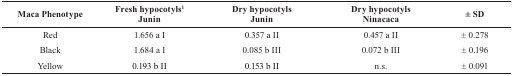
<table><thead><tr><td><b>Maca Phenotype</b></td><td><b>Fresh hypocotyls1 Junin</b></td><td><b>Dry hypocotyls Junin</b></td><td><b>Dry hypocotyls Ninacaca</b></td><td><b>± SD</b></td></tr></thead><tbody><tr><td>Red</td><td>1.656 a I</td><td>0.357 a II</td><td>0.457 a II</td><td>± 0.278</td></tr><tr><td>Black</td><td>1.684 a I</td><td>0.085 b III</td><td>0.072 b III</td><td>± 0.196</td></tr><tr><td>Yellow</td><td>0.193 b II</td><td>0.153 b II</td><td>n.s.</td><td>± 0.091</td></tr></tbody></table>